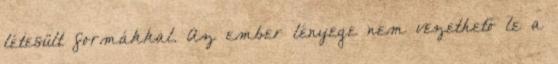
létesült formákkal. Az ember lényege nem vezethető le a